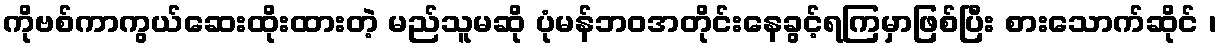
ကိုဗစ်ကာကွယ်ဆေးထိုးထားတဲ့ မည်သူမဆို ပုံမန်ဘဝအတိုင်းနေခွင့်ရကြမှာဖြစ်ပြီး စားသောက်ဆိုင် ၊